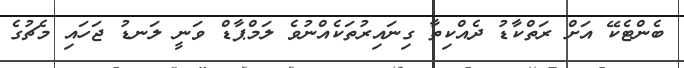
ބެންޓެކޭ އަށް ރަތްކާޑު ދެއްކިތާ ގިނައިރުތަކެއްނުވެ ލަމްޕާޑް ވަނީ ލަނޑު ޖަހައި މެޗުގެ